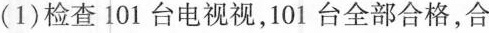
(1)检查101台电视视，101台全部合格，合